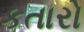
કતારો